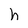
Character: h